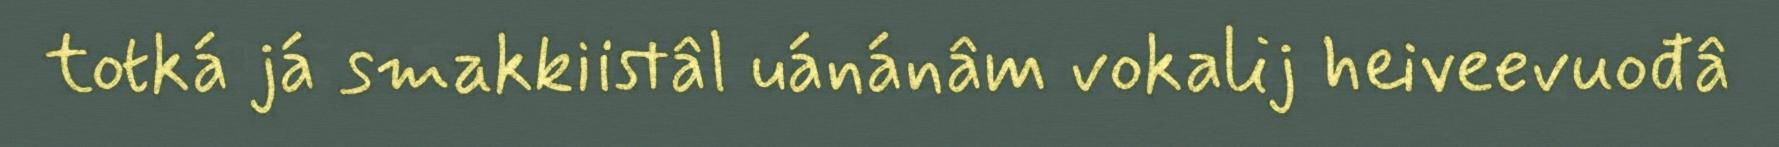
totká já smakkiistâl uánánâm vokalij heiveevuođâ